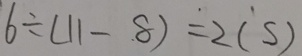
6 \div ( 1 1 - 8 ) = 2 ( s )